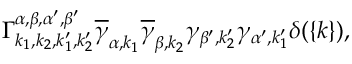
\Gamma _ { { k _ { 1 } } , { k _ { 2 } } , { { k } _ { 1 } ^ { \prime } } , { { k } _ { 2 } ^ { \prime } } } ^ { \alpha , \beta , \alpha ^ { \prime } , \beta ^ { \prime } } \overline { { \gamma } } _ { \alpha , { k } _ { 1 } } \overline { { \gamma } } _ { \beta , { k } _ { 2 } } \gamma _ { \beta ^ { \prime } , { k } _ { 2 } ^ { \prime } } \gamma _ { \alpha ^ { \prime } , { k } _ { 1 } ^ { \prime } } \delta ( \{ k \} ) ,